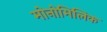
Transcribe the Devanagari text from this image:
मोनोमिलिक